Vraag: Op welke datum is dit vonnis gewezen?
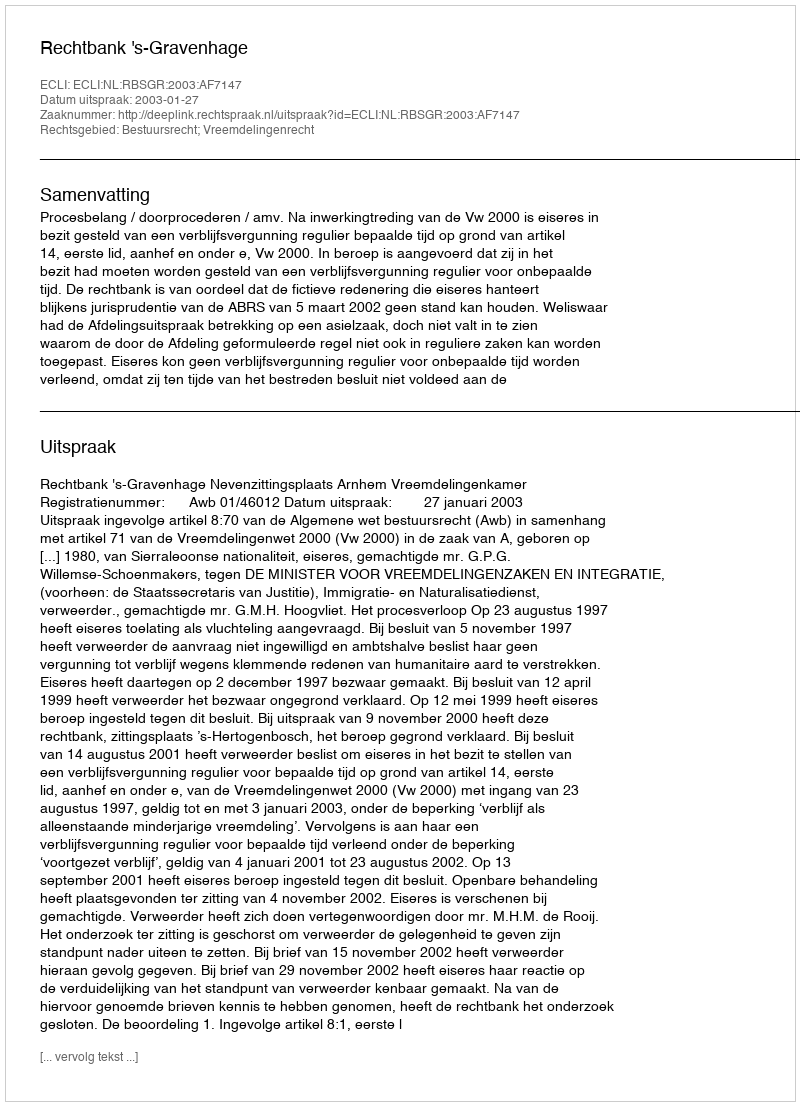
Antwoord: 2003-01-27